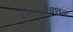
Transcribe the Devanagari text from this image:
इनफ़्लेक्शन